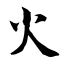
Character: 火